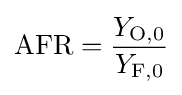
\mathrm {AFR} ={\frac {Y_{\mathrm {O,0} }}{Y_{\mathrm {F,0} }}}